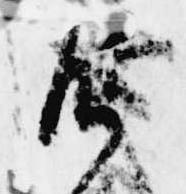
御